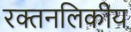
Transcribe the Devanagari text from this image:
रक्तनलिकीय